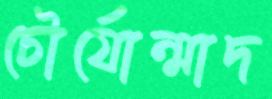
চৌর্যোন্মাদ